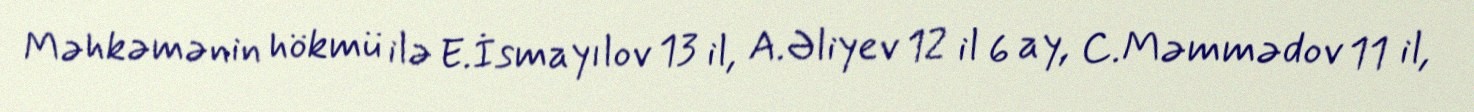
Məhkəmənin hökmü ilə E.İsmayılov 13 il, A.Əliyev 12 il 6 ay, C.Məmmədov 11 il,